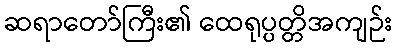
ဆရာတော်ကြီး၏ ထေရုပ္ပတ္တိအကျဉ်း